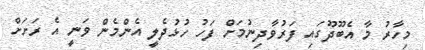
މިހާރު މާ އެބޫދޫގައި ފަރުވާދިނުމަށް ފަހު ހުޅުދެލީ އެންމެން ވަނީ އެ ރަށަށް